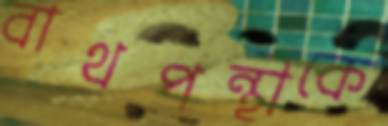
বাথপন্থীকে